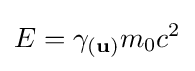
E=\gamma _{(\mathbf {u} )}m_{0}c^{2}